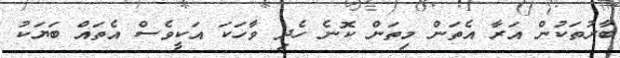
ބާރުތަކުން އަރާ އެތަން މިތަން ކޮނެ ހެދި ވާހަކަ އަކީވެސް އެތައް ބަޔަކު